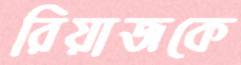
রিয়াজকে